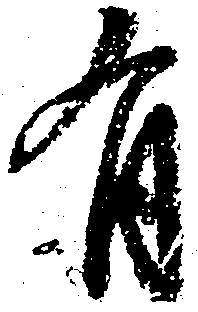
有